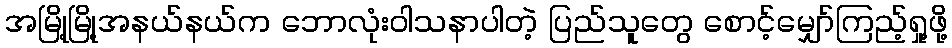
အမြို့မြို့အနယ်နယ်က ဘောလုံးဝါသနာပါတဲ့ ပြည်သူတွေ စောင့်မျှော်ကြည့်ရှု့ဖို့